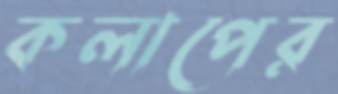
কলাপের